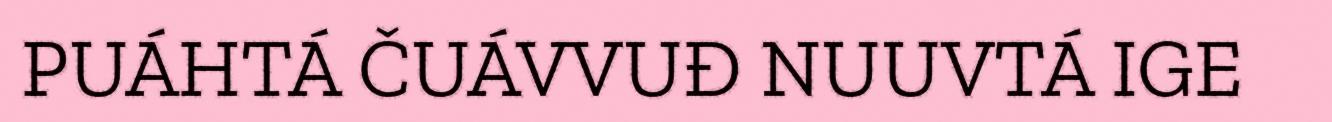
PUÁHTÁ ČUÁVVUĐ NUUVTÁ IGE